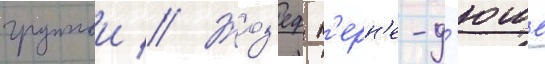
группои // Жоз'еф п'ерн'е-д'юше